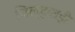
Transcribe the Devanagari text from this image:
जिल्हातही